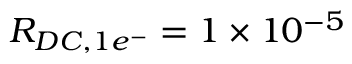
R _ { D C , 1 e ^ { - } } = 1 \times 1 0 ^ { - 5 }